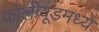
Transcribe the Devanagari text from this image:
कॉलीवूडमध्ये